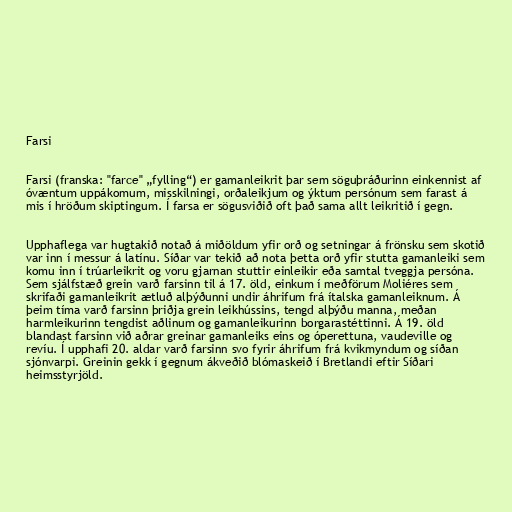
Farsi

Farsi (franska: "farce" „fylling“) er gamanleikrit þar sem söguþráðurinn einkennist af
óvæntum uppákomum, misskilningi, orðaleikjum og ýktum persónum sem farast á
mis í hröðum skiptingum. Í farsa er sögusviðið oft það sama allt leikritið í gegn.

Upphaflega var hugtakið notað á miðöldum yfir orð og setningar á frönsku sem skotið
var inn í messur á latínu. Síðar var tekið að nota þetta orð yfir stutta gamanleiki sem
komu inn í trúarleikrit og voru gjarnan stuttir einleikir eða samtal tveggja persóna.
Sem sjálfstæð grein varð farsinn til á 17. öld, einkum í meðförum Moliéres sem
skrifaði gamanleikrit ætluð alþýðunni undir áhrifum frá ítalska gamanleiknum. Á
þeim tíma varð farsinn þriðja grein leikhússins, tengd alþýðu manna, meðan
harmleikurinn tengdist aðlinum og gamanleikurinn borgarastéttinni. Á 19. öld
blandast farsinn við aðrar greinar gamanleiks eins og óperettuna, vaudeville og
revíu. Í upphafi 20. aldar varð farsinn svo fyrir áhrifum frá kvikmyndum og síðan
sjónvarpi. Greinin gekk í gegnum ákveðið blómaskeið í Bretlandi eftir Síðari
heimsstyrjöld.